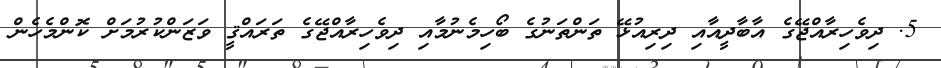
5. ދިވެހިރާއްޖޭގެ އާބާދީއާއި ދިރިއުޅޭ ތަންތަނުގެ ބޯހިމެނުމާއި ދިވެހިރާއްޖޭގެ ތަރައްޤީ ވަޒަންކުރުމަށް ކޮންމެހެން